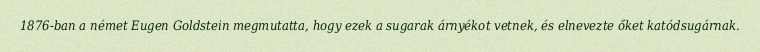
1876-ban a német Eugen Goldstein megmutatta, hogy ezek a sugarak árnyékot vetnek, és elnevezte őket katódsugárnak.